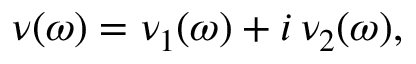
\nu ( \omega ) = \nu _ { 1 } ( \omega ) + i \, \nu _ { 2 } ( \omega ) ,